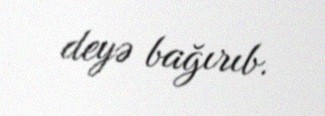
deyə bağırıb.